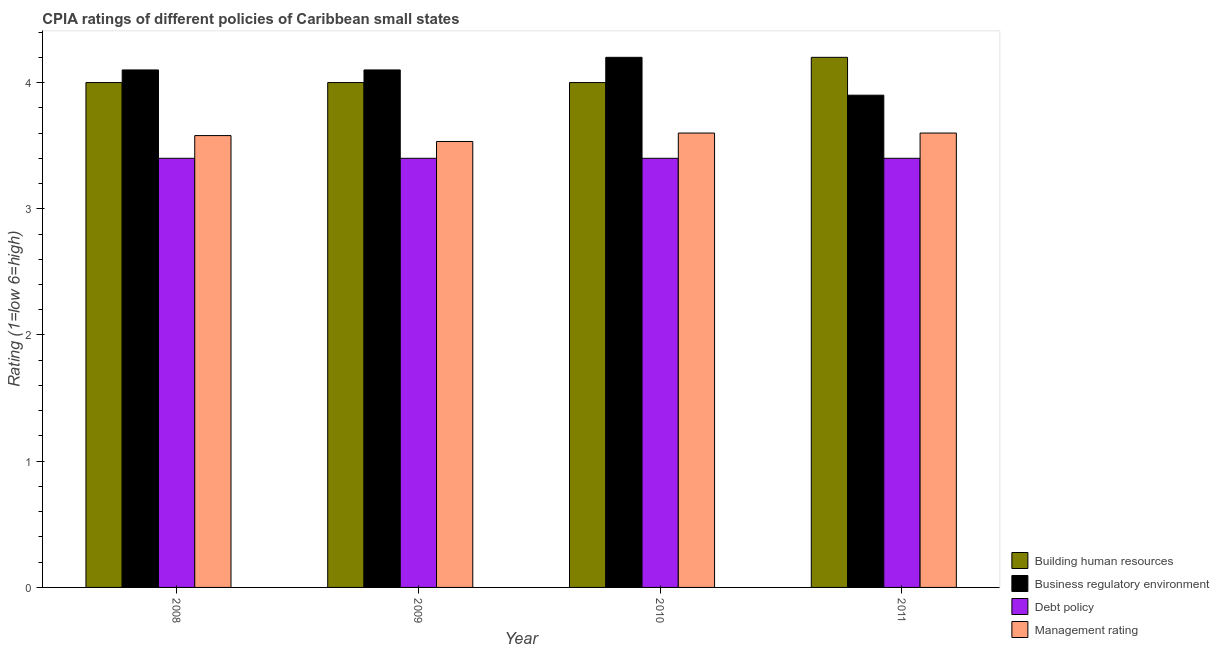
| Year | Building human resources | Business regulatory environment | Debt policy | Management rating |
 | --- | --- | --- | --- | --- |
 | 2008 | 4 | 4.1 | 3.4 | 3.58 |
 | 2009 | 4 | 4.1 | 3.4 | 3.53 |
 | 2010 | 4 | 4.2 | 3.4 | 3.6 |
 | 2011 | 4.2 | 3.9 | 3.4 | 3.6 |